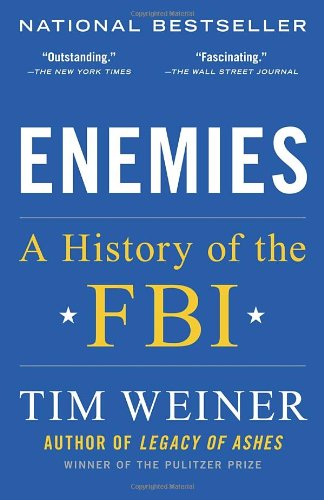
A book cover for Enemies: A History of the FBI; Tim Weiner; Law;